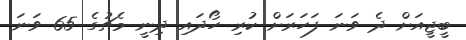
ބީޖީއަށް ދެ ވަނަ ފަހަރަށް ކުރި ހޯދައި ދިނީ މެޗުގެ 65 ވަނަ